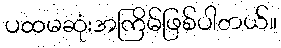
ပထမဆုံးအကြိမ်ဖြစ်ပါတယ်။